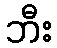
ဘီး